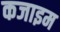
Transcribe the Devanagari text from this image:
कजाइम